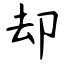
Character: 却